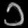
Digit: ၁